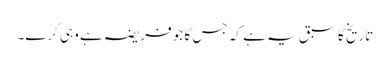
تاریخ کا سبق یہ ہے کہ جس کا جو فریضہ ہے وہی کرے۔